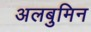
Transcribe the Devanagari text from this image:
अलबुमिन